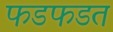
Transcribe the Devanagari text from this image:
फडफडत